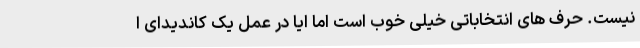
نیست. حرف های انتخاباتی خیلی خوب است اما ایا در عمل یک کاندیدای ا